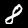
Label: 8